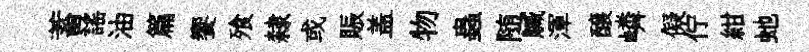
蓄謡油篇饗飱隸或賑盖物蟲随贓渾醸嶙儗佇紺虵